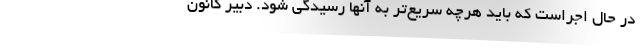
در حال اجراست که باید هرچه سریع‌تر به آنها رسیدگی شود. دبیر کانون